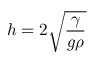
h = 2 { \sqrt { \frac { \gamma } { g \rho } } }